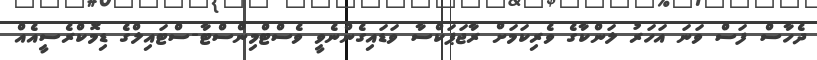
ދެހާސް ފަސް ވަނަ އަހަރު ލަންކާގެ ވެރިކަމަށް ރާޖަޕަކްސާ ވަޑައިގެންނެވީ ވެސްޓްމިންސްޓާ-ސްޓައިލްގެ ޑިމޮކްރެސީއެއް